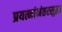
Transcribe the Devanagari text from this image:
प्रयत्नांनंतरसुद्धा